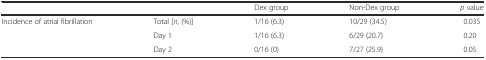
<table><thead><tr><td></td><td></td><td><b>Dex group</b></td><td><b>Non-Dex group</b></td><td><b><i>p</i> value</b></td></tr></thead><tbody><tr><td>Incidence of atrial fibrillation</td><td>Total [<i>n</i>, (%)]</td><td>1/16 (6.3)</td><td>10/29 (34.5)</td><td>0.035</td></tr><tr><td></td><td>Day 1</td><td>1/16 (6.3)</td><td>6/29 (20.7)</td><td>0.20</td></tr><tr><td></td><td>Day 2</td><td>0/16 (0)</td><td>7/27 (25.9)</td><td>0.05</td></tr></tbody></table>